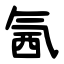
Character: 氥